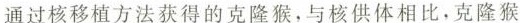
通过核移植方法获得的克隆猴，与核供体相比，克隆猴